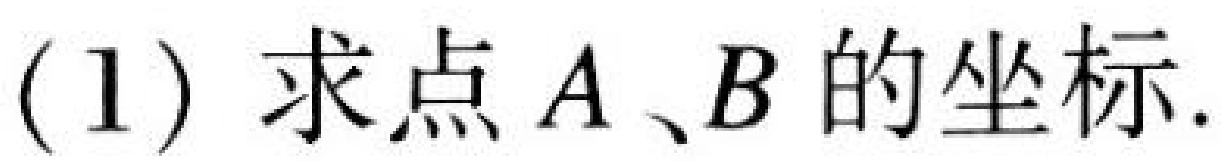
(1) 求点\(A、B\)的坐标.